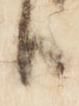
臣